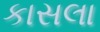
કાસલા